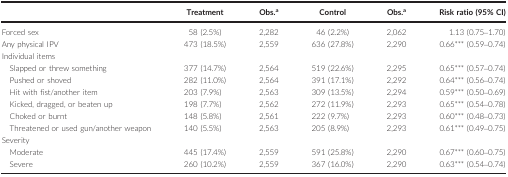
<table><thead><tr><td></td><td><b>Treatment</b></td><td><b>Obs.a</b></td><td><b>Control</b></td><td><b>Obs.a</b></td><td><b>Risk ratio (95% CI)</b></td></tr></thead><tbody><tr><td>Forced sex</td><td>58 (2.5%)</td><td>2,282</td><td>46 (2.2%)</td><td>2,062</td><td>1.13 (0.75–1.70)</td></tr><tr><td>Any physical IPV</td><td>473 (18.5%)</td><td>2,559</td><td>636 (27.8%)</td><td>2,290</td><td>0.66*** (0.59–0.74)</td></tr><tr><td colspan="6">Individual items</td></tr><tr><td>Slapped or threw something</td><td>377 (14.7%)</td><td>2,564</td><td>519 (22.6%)</td><td>2,295</td><td>0.65*** (0.57–0.74)</td></tr><tr><td>Pushed or shoved</td><td>282 (11.0%)</td><td>2,564</td><td>391 (17.1%)</td><td>2,292</td><td>0.64*** (0.56–0.74)</td></tr><tr><td>Hit with fist/another item</td><td>203 (7.9%)</td><td>2,563</td><td>309 (13.5%)</td><td>2,294</td><td>0.59*** (0.50–0.69)</td></tr><tr><td>Kicked, dragged, or beaten up</td><td>198 (7.7%)</td><td>2,562</td><td>272 (11.9%)</td><td>2,293</td><td>0.65*** (0.54–0.78)</td></tr><tr><td>Choked or burnt</td><td>148 (5.8%)</td><td>2,561</td><td>222 (9.7%)</td><td>2,293</td><td>0.60*** (0.48–0.73)</td></tr><tr><td>Threatened or used gun/another weapon</td><td>140 (5.5%)</td><td>2,563</td><td>205 (8.9%)</td><td>2,293</td><td>0.61*** (0.49–0.75)</td></tr><tr><td colspan="6">Severity</td></tr><tr><td>Moderate</td><td>445 (17.4%)</td><td>2,559</td><td>591 (25.8%)</td><td>2,290</td><td>0.67*** (0.60–0.75)</td></tr><tr><td>Severe</td><td>260 (10.2%)</td><td>2,559</td><td>367 (16.0%)</td><td>2,290</td><td>0.63*** (0.54–0.74)</td></tr></tbody></table>